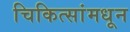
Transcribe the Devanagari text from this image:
चिकित्सांमधून